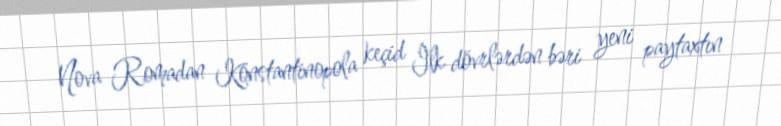
Nova Romadan Konstantinopola keçid İlk dövrlərdən bəri yeni paytaxtın